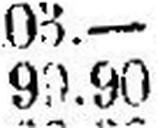
99.90